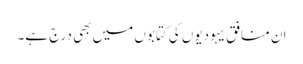
ان منافق یہودیوں کی کتابوں میں بھی درج ہے۔